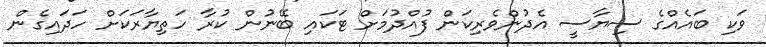
ވަކި ބައެއްގެ ސިޔާސީ އެދުންވެރިކަން ފުއްދުމަށް ޓަކައި ބޭނުން ކުރާ ހަތިޔާރަކަށް ހަދައިގެން